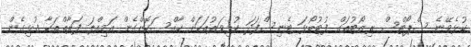
ކުޅެވޭނެ ސްޕޯޓްސް ރިޒޯޓުތައް ފުޓުބޯޅަ ޓެނިސްފަދަ ކުޅިވަރުތަކަށް ޚާއްސަކޮށްގެން އަމިއްލަ ފަރާތްތަކާ ގުޅިގެން